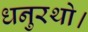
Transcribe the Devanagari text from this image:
धनुरथो।